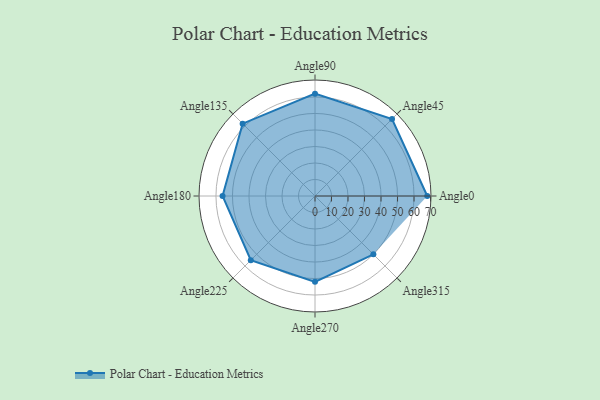
{"axis": {"x": "Angle", "y": "Radius"}, "legend": [""], "data": [{"x": "Angle0", "y": 68.0, "type": ""}, {"x": "Angle45", "y": 66.0, "type": ""}, {"x": "Angle90", "y": 62.0, "type": ""}, {"x": "Angle135", "y": 62.0, "type": ""}, {"x": "Angle180", "y": 56.0, "type": ""}, {"x": "Angle225", "y": 55.0, "type": ""}, {"x": "Angle270", "y": 52.0, "type": ""}, {"x": "Angle315", "y": 50, "type": ""}]}